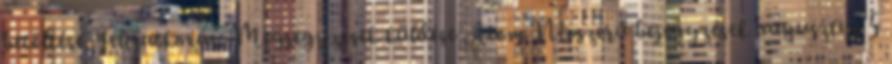
betöltése. Feliratkozás: Megjegyzések küldése Atom Népszerű bejegyzések augusztus 5